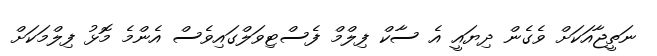
ނަތީޖާއަކަށް ވެގެން ދިޔައީ އެ ސާކް ފިލްމް ފެސްޓިވަލްގައިވެސް އެންމެ މޮޅު ފިލްމަކަށް